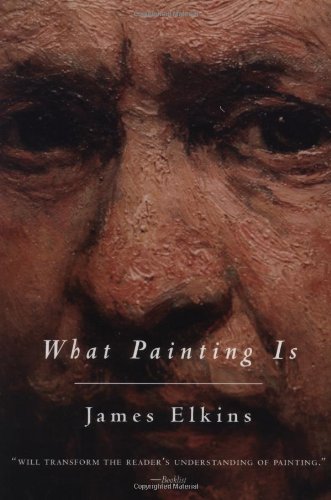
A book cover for What Painting Is; James Elkins; Arts & Photography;